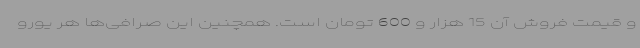
و قیمت فروش آن 15 هزار و 600 تومان است. همچنین این صرافی‌ها هر یورو